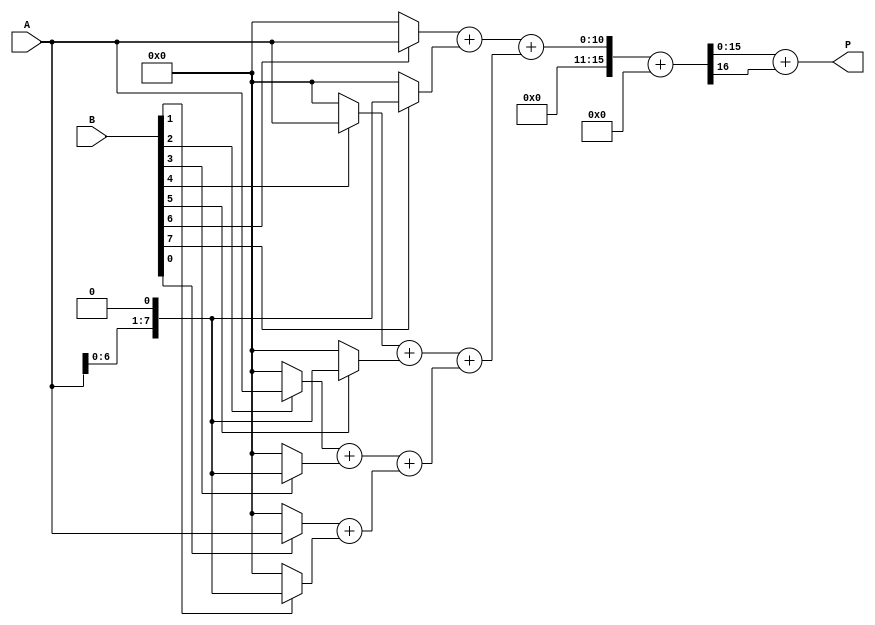
module radix4_wallace_multiplier #(parameter A_WIDTH = 8, B_WIDTH = 8)(
    input [A_WIDTH-1:0] A,
    input [B_WIDTH-1:0] B,
    output reg [A_WIDTH + B_WIDTH - 1:0] P
);

    // Partial product generation
    wire [A_WIDTH-1:0] pp [0:B_WIDTH/2-1]; // Partial products
    genvar i;
    generate
        for (i = 0; i < B_WIDTH/2; i = i + 1) begin : pp_gen
            assign pp[i] = (B[2*i] ? A : 0) + (B[2*i + 1] ? (A << 1) : 0);
        end
    endgenerate

    // Wallace tree reduction
    wire [A_WIDTH + B_WIDTH - 1:0] sum [0:B_WIDTH/2-1];
    wire [A_WIDTH + B_WIDTH - 1:0] carry [0:B_WIDTH/2-1];

    // Initial stage of reduction
    generate
        for (i = 0; i < B_WIDTH/2; i = i + 1) begin : reduction_stage
            if (i == 0) begin
                assign sum[i] = pp[i];
                assign carry[i] = 0;
            end else begin
                wire [A_WIDTH + B_WIDTH - 1:0] temp_sum;
                wire [A_WIDTH + B_WIDTH - 1:0] temp_carry;
                assign {temp_carry, temp_sum} = pp[i] + sum[i-1];
                assign sum[i] = temp_sum;
                assign carry[i] = temp_carry;
            end
        end
    endgenerate

    // Final addition of the last two rows
    wire [A_WIDTH + B_WIDTH - 1:0] final_sum;
    wire [A_WIDTH + B_WIDTH - 1:0] final_carry;

    assign {final_carry, final_sum} = sum[B_WIDTH/2 - 1] + carry[B_WIDTH/2 - 1];

    // Assign the final product
    always @(*) begin
        P = final_sum + final_carry;
    end

endmodule